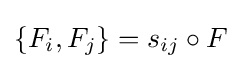
\{F_{i},F_{j}\}=s_{ij}\circ F